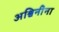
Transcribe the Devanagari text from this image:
अश्विनींना